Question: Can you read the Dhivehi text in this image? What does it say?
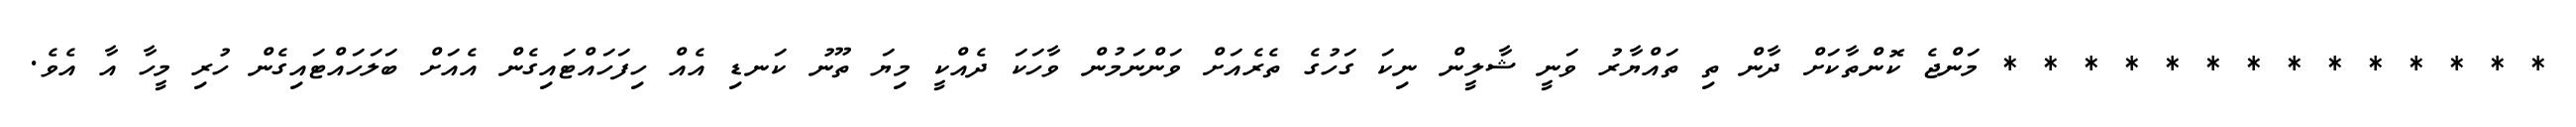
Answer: * * * * * * * * * * * * * * މަންޖެ ކޮންތާކަށް ދާން ތި ތައްޔާރު ވަނީ ޝާލީން ނިކަ ގަހުގެ ތެރެއަށް ވަންނަމުން ވާހަކަ ދެއްކީ މިޔަ ތޫނު ކަނޑި އެއް ހިފަހައްޓައިގެން އެއަށް ބަލަހައްޓައިގެން ހުރި މީހާ އާ އެވެ.